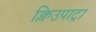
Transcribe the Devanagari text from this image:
क्लिउपाट्रा